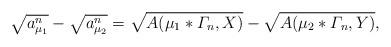
LaTeX: \begin{align*}\sqrt{a^n_{\mu_1}}-\sqrt{a^n_{\mu_2}}=\sqrt{A(\mu_1*\varGamma_n,X)}-\sqrt{A(\mu_2*\varGamma_n,Y)},\end{align*}